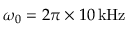
\omega _ { 0 } = 2 \pi \times 1 0 \, \mathrm { k H z }